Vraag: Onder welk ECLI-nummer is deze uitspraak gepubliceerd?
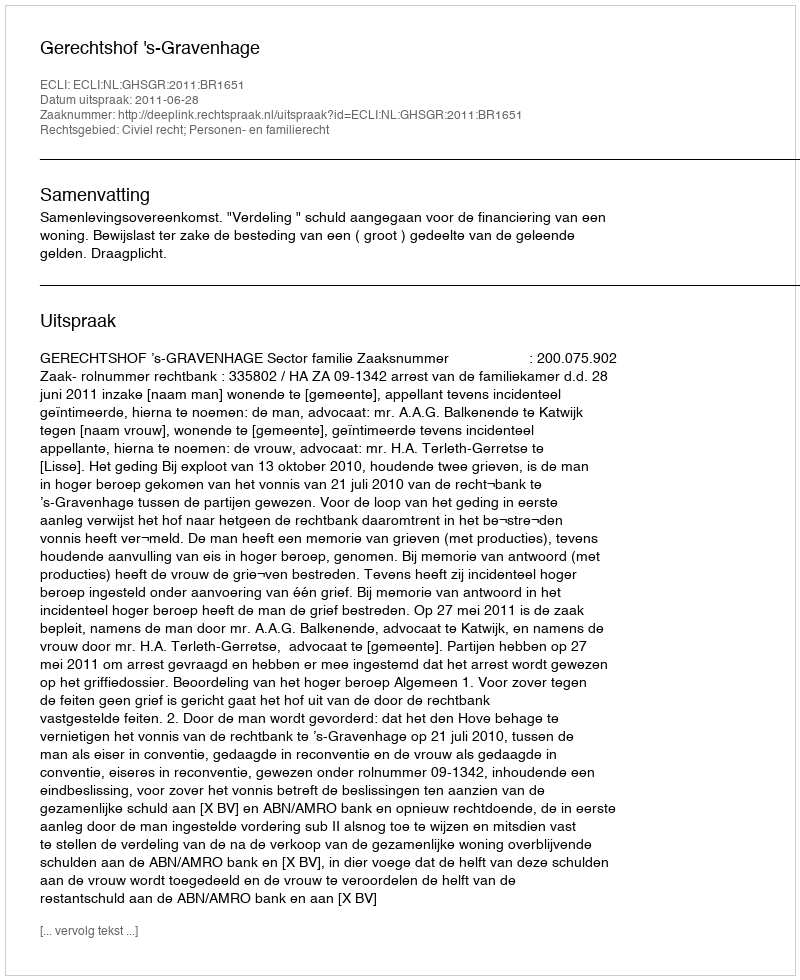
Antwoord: ECLI:NL:GHSGR:2011:BR1651